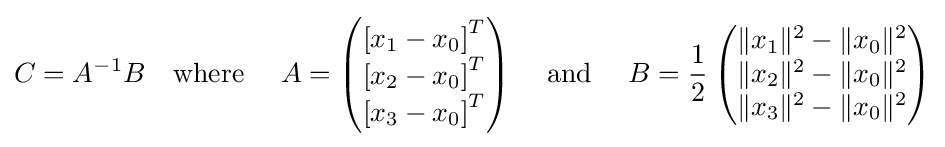
{\begin{aligned}C&=A^{-1}B&{\text{where}}&\ &A=\left({\begin{matrix}\left[x_{1}-x_{0}\right]^{T}\\\left[x_{2}-x_{0}\right]^{T}\\\left[x_{3}-x_{0}\right]^{T}\end{matrix}}\right)&\ &{\text{and}}&\ &B={\frac {1}{2}}\left({\begin{matrix}\|x_{1}\|^{2}-\|x_{0}\|^{2}\\\|x_{2}\|^{2}-\|x_{0}\|^{2}\\\|x_{3}\|^{2}-\|x_{0}\|^{2}\end{matrix}}\right)\\\end{aligned}}